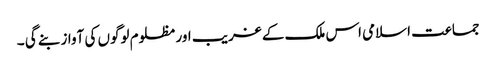
جماعت اسلامی اس ملک کے غریب اور مظلوم لوگوں کی آواز بنے گی ۔